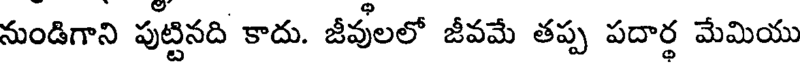
నుండిగాని పుట్టినది కాదు. జీవులలో జీవమే తప్ప పదార్థ మేమియు